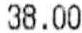
38.00